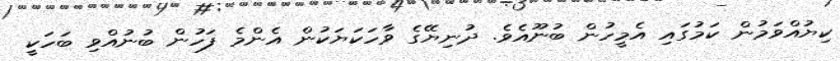
ކިޔުއްވަމުން ކަމުގައި އެމީހުން ބުނޫއެވެ. ދުނިޔޭގެ ވާހަކަޔަކުން އެންމެ ފަހުން ބުނުއްވި ބަހަކީ